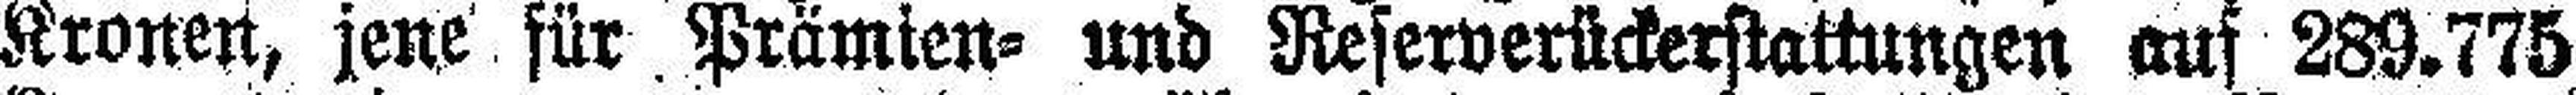
Kronen, jene für Prämien= und Reserverückerstattungen auf 289.775